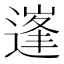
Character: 𨕱